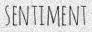
SENTIMENT